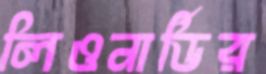
লিওনার্ডির